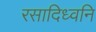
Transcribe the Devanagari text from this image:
रसादिध्वनि